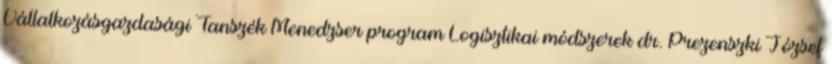
Vállalkozásgazdasági Tanszék Menedzser program Logisztikai módszerek dr. Prezenszki József